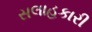
સલાહકારી